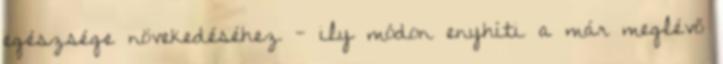
egészsége növekedéséhez - ily módon enyhíti a már meglévő